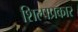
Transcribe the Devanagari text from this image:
शिल्पप्रकार